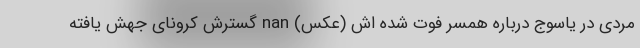
مردی در یاسوج درباره همسر فوت شده اش (عکس) nan گسترش کرونای جهش یافته